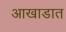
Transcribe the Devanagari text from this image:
आखाडात